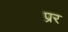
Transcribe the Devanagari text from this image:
प्रर